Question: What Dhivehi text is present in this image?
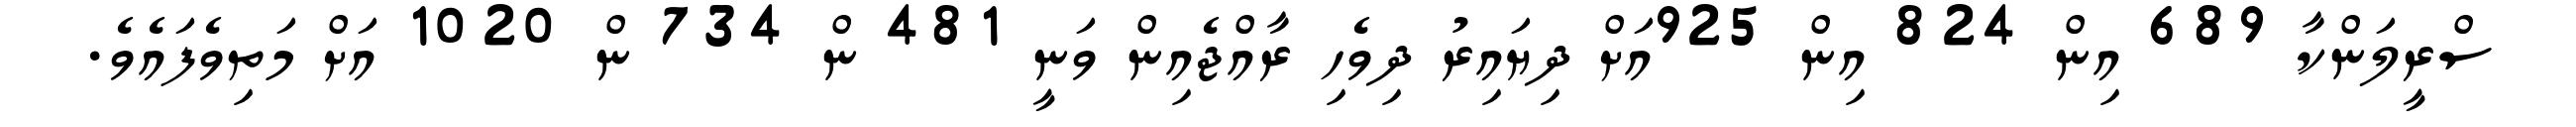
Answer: ސްރީލަންކާ 689 އިން 824 އިން 925އަށް ދިޔައިރު ދިވެހި ރާއްޖެއިން ވަނީ 481 ން 734 ން 1020 އަށް މަތިވެފައެވެ.